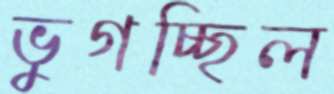
ভুগচ্ছিল